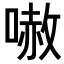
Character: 𠻲